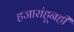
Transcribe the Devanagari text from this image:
हजारांहूनही